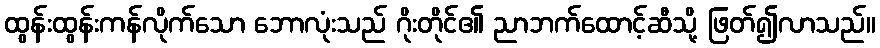
ထွန်းထွန်းကန်လိုက်သော ဘောလုံးသည် ဂိုးတိုင်၏ ညာဘက်ထောင့်ဆီသို့ ဖြတ်၍လာသည်။